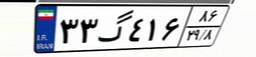
۳۷گ۶۹۶۶۳